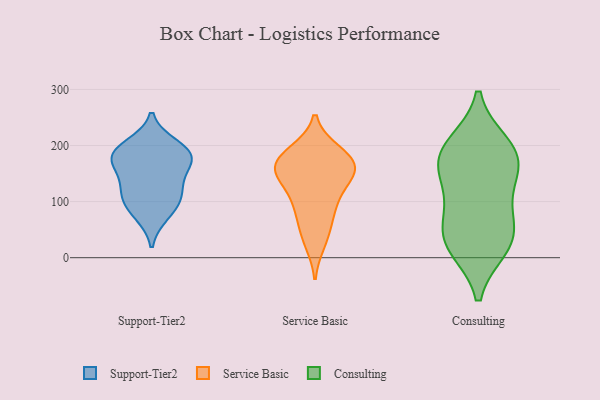
{"axis": {"x": "Gross Profit (USD K)", "y": "Value"}, "legend": ["Consulting", "Service Basic", "Support-Tier2"], "data": [{"x": "", "y": 182, "type": "Support-Tier2"}, {"x": "", "y": 176, "type": "Support-Tier2"}, {"x": "", "y": 187, "type": "Support-Tier2"}, {"x": "", "y": 94, "type": "Support-Tier2"}, {"x": "", "y": 115, "type": "Support-Tier2"}, {"x": "", "y": 117, "type": "Support-Tier2"}, {"x": "", "y": 176, "type": "Support-Tier2"}, {"x": "", "y": 145, "type": "Support-Tier2"}, {"x": "", "y": 200, "type": "Support-Tier2"}, {"x": "", "y": 77, "type": "Support-Tier2"}, {"x": "", "y": 163, "type": "Service Basic"}, {"x": "", "y": 28, "type": "Service Basic"}, {"x": "", "y": 92, "type": "Service Basic"}, {"x": "", "y": 168, "type": "Service Basic"}, {"x": "", "y": 114, "type": "Service Basic"}, {"x": "", "y": 48, "type": "Service Basic"}, {"x": "", "y": 186, "type": "Service Basic"}, {"x": "", "y": 159, "type": "Service Basic"}, {"x": "", "y": 165, "type": "Service Basic"}, {"x": "", "y": 85, "type": "Service Basic"}, {"x": "", "y": 147, "type": "Service Basic"}, {"x": "", "y": 188, "type": "Service Basic"}, {"x": "", "y": 146, "type": "Service Basic"}, {"x": "", "y": 139, "type": "Consulting"}, {"x": "", "y": 179, "type": "Consulting"}, {"x": "", "y": 28, "type": "Consulting"}, {"x": "", "y": 102, "type": "Consulting"}, {"x": "", "y": 59, "type": "Consulting"}, {"x": "", "y": 187, "type": "Consulting"}, {"x": "", "y": 20, "type": "Consulting"}, {"x": "", "y": 200, "type": "Consulting"}, {"x": "", "y": 34, "type": "Consulting"}, {"x": "", "y": 171, "type": "Consulting"}]}